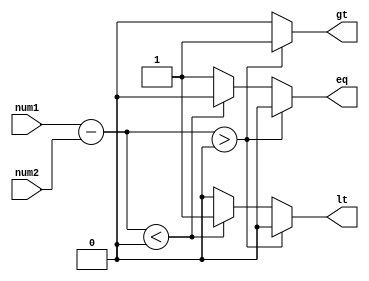
module signed_comparator (
    input signed [31:0] num1,
    input signed [31:0] num2,
    output reg gt, // greater than
    output reg lt, // less than
    output reg eq // equal
);

reg signed [31:0] diff;

always @* begin
    diff = num1 - num2;
    if(diff > 0) begin
        gt = 1;
        lt = 0;
        eq = 0;
    end else if(diff < 0) begin
        gt = 0;
        lt = 1;
        eq = 0;
    end else begin
        gt = 0;
        lt = 0;
        eq = 1;
    end
end

endmodule